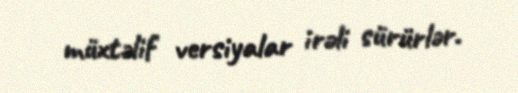
müxtəlif versiyalar irəli sürürlər.